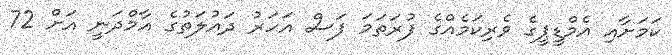
ކަމަށާއި އެމްޑީޕީގެ ވެރިކަމެއްގެ ފުރަތަމަ ފަސް އަހަރު ދައުލަތުގެ އާމްދަނީ އަށް 72